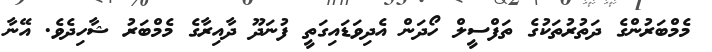
މެމްބަރުންގެ ދަތުރުތަކުގެ ތަފްސީލް ހޯދަން އެދިވަޑައިގަތީ ފުނަދޫ ދާއިރާގެ މެމްބަރު ޝާހިދެވެ. އޭނާ